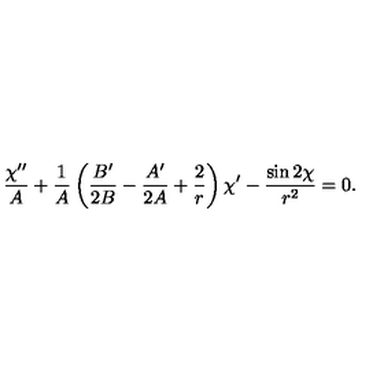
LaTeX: { \frac { \chi ^ { \prime \prime } } { A } } + { \frac { 1 } { A } } \left( { \frac { B ^ { \prime } } { 2 B } } - { \frac { A ^ { \prime } } { 2 A } } + { \frac { 2 } { r } } \right) \chi ^ { \prime } - { \frac { \sin 2 \chi } { r ^ { 2 } } } = 0 .